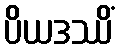
ပိယဒဿိံ